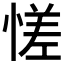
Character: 𫺳